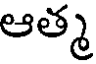
ఆత్మ